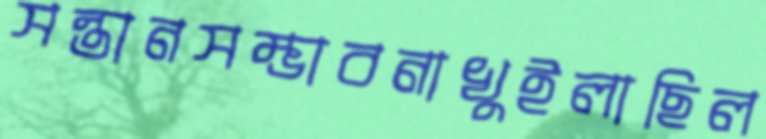
সন্তানসম্ভাবনাখুইলাছিল